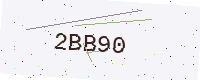
Text: 2BB90